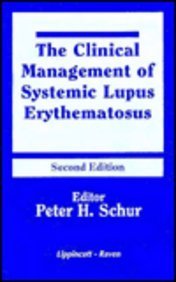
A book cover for The Clinical Management of Systemic Lupus Erythematosus (Books); Peter H. Schur; Health, Fitness & Dieting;